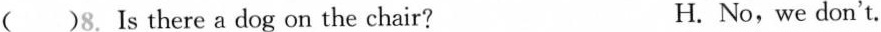
( )8. Is there a dog on the chair? H. No,we don't.